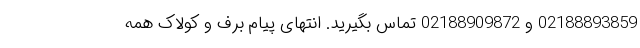
02188893859 و 02188909872 تماس بگیرید. انتهای پیام برف و کولاک همه